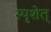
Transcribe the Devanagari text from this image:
स्पृशेत्